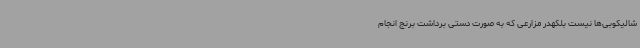
شالیکوبی‌ها نیست بلکهدر مزارعی که به صورت دستی برداشت برنج انجام